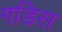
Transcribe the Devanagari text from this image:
गडिस